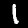
Digit: 1